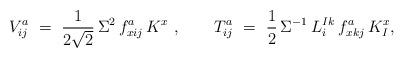
LaTeX: \begin{align*}V_{ij}^a \ = \ \frac{1}{2\sqrt2}\,\Sigma^2\,f_{xij}^a\,K^x~,\qquad T^a_{ij} \ =\ \frac12\,\Sigma^{-1}\,L^I_i{}^{k}\,f_{xkj}^a\,K^x_I,\end{align*}